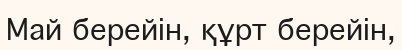
Май берейiн, құрт берейiн,